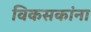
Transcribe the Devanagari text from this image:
विकसकांना